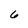
Character: 6